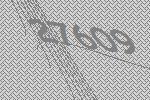
27609